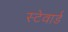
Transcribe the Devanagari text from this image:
स्टेवार्ड